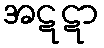
အဋဋာ